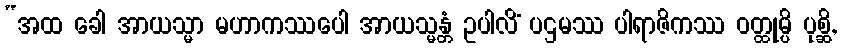
“အထ ခေါ အာယသ္မာ မဟာကဿပေါ အာယသ္မန္တံ ဥပါလိံ ပဌမဿ ပါရာဇိကဿ ဝတ္ထုမ္ပိ ပုစ္ဆိ,